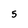
Character: 5